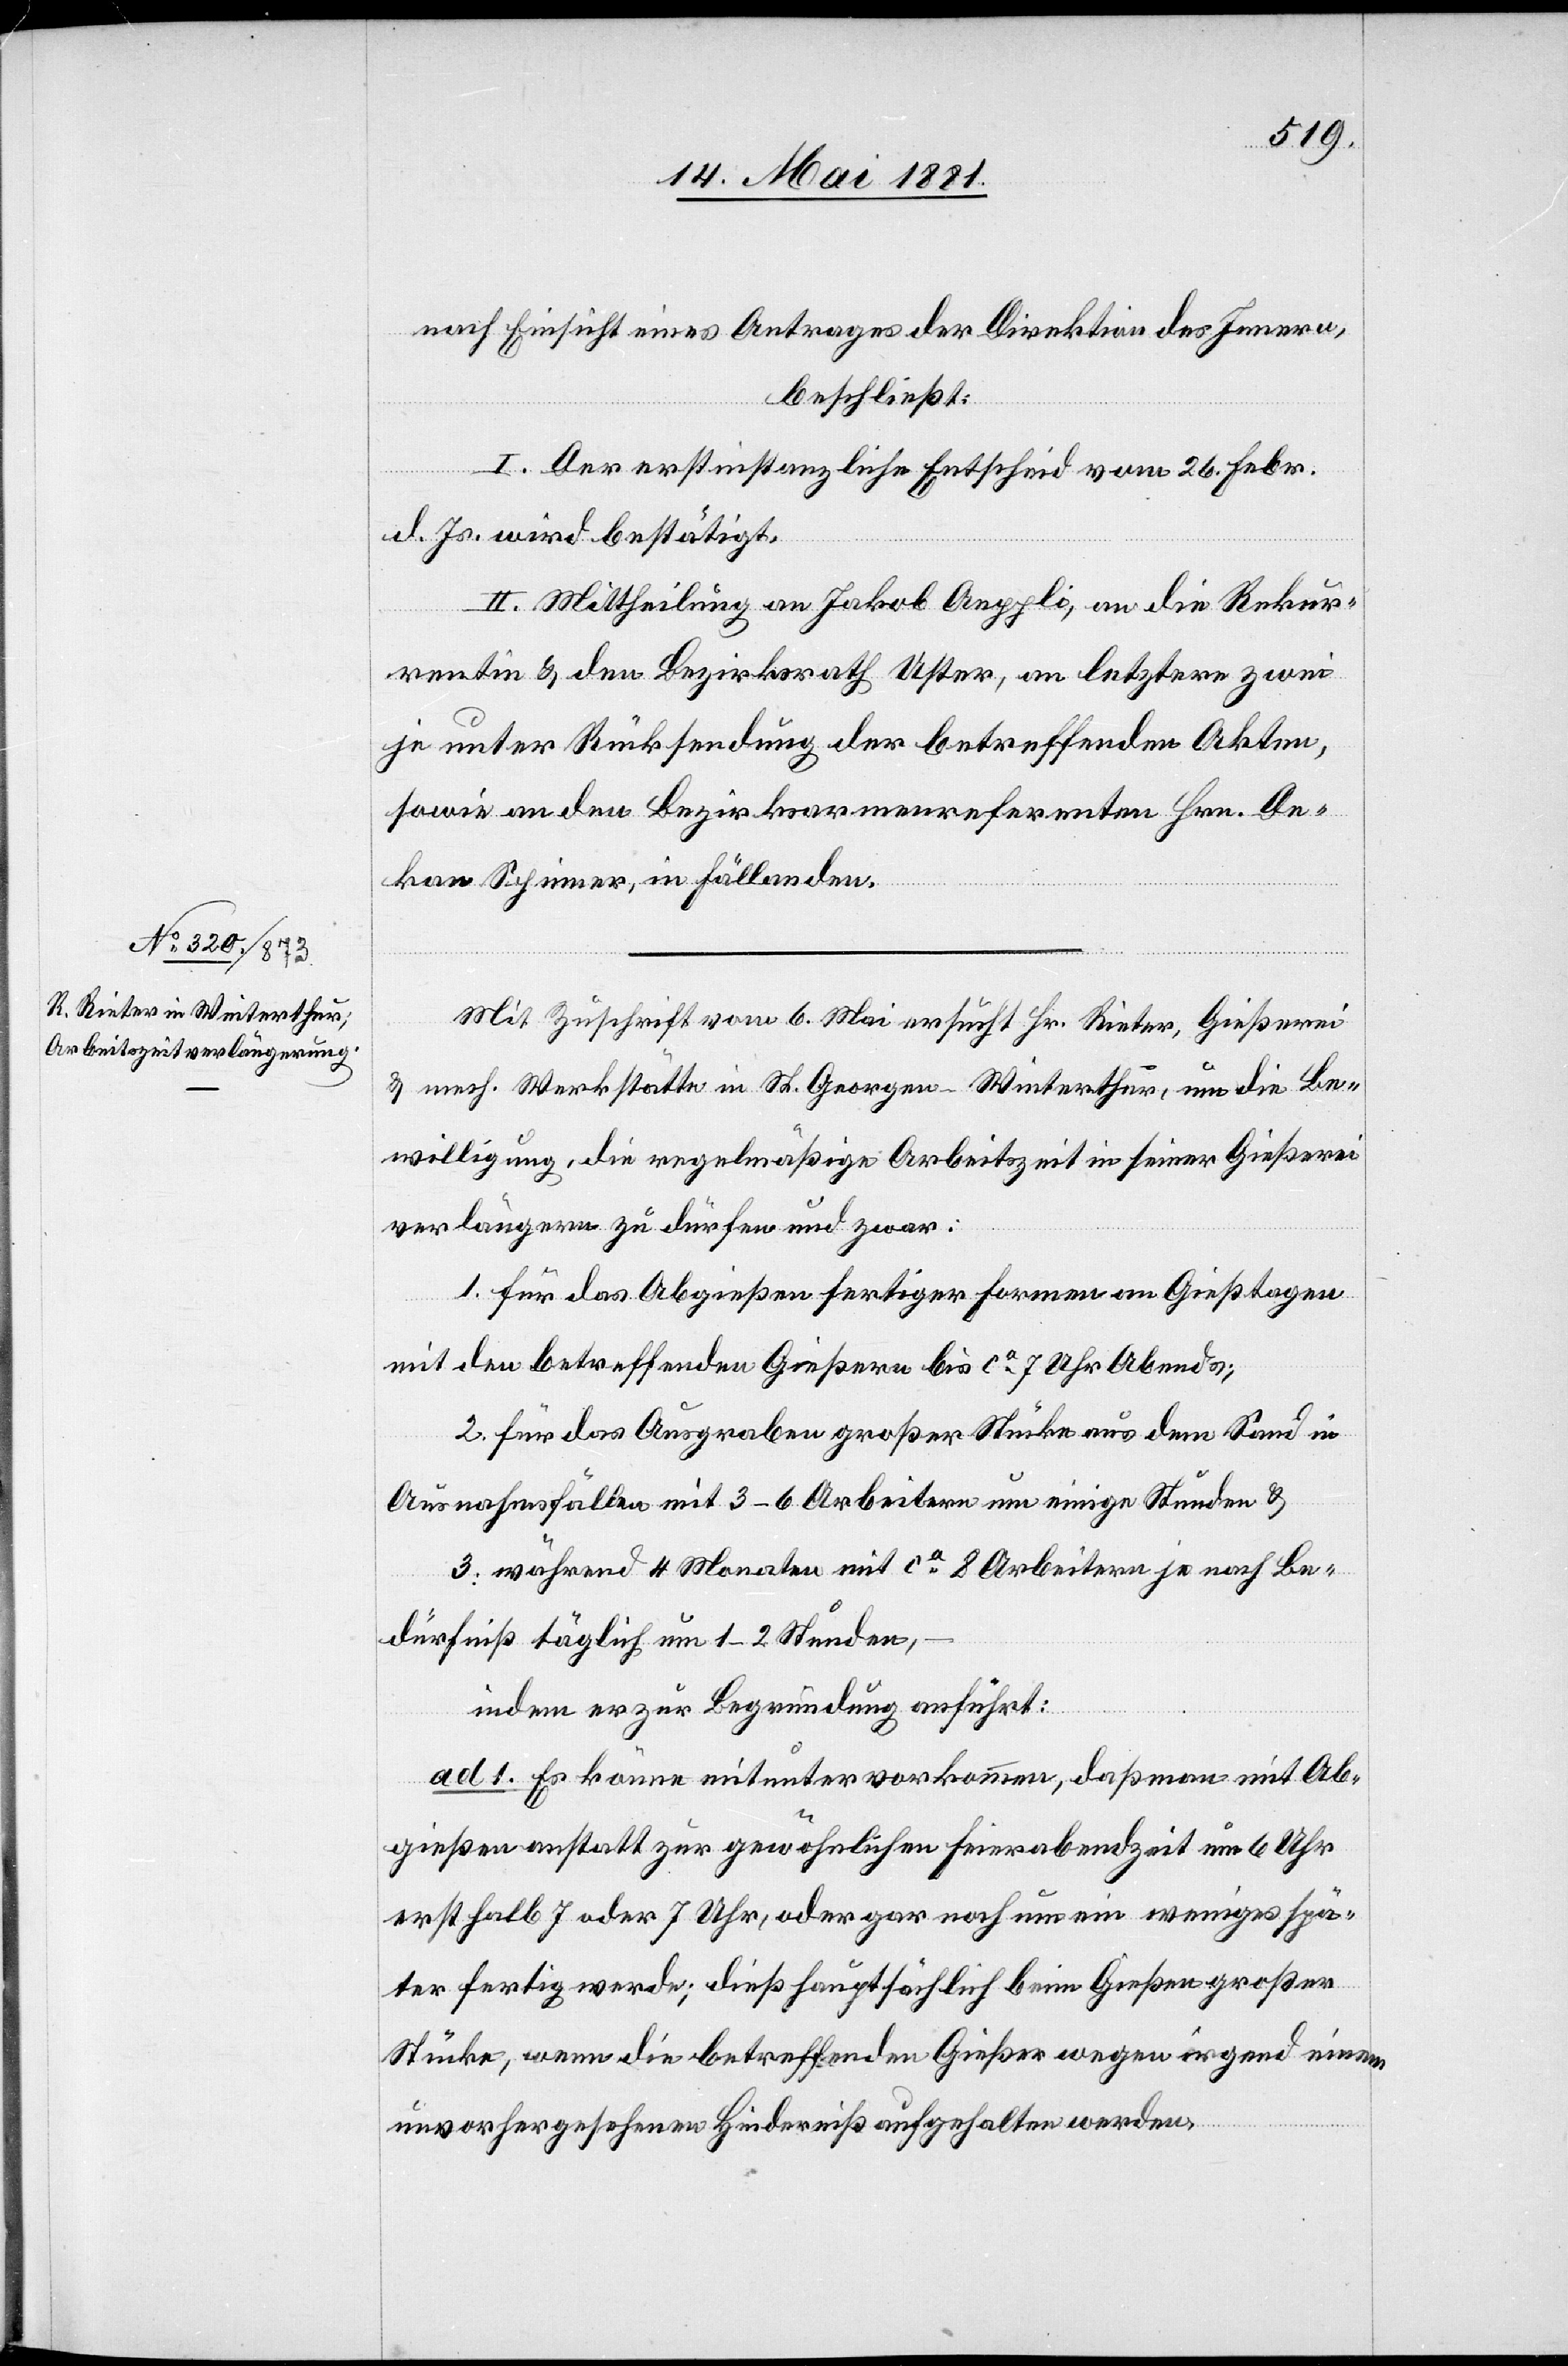
nach Einsicht eines Antrages der Direktion des Innern,
beschließt:
I. Der erstinstanzliche Entscheid vom 26. Febr.
d. Js. wird bestätigt.
II. Mittheilung an Jakob Aeppli, an die Rekur¬
rentin & den Bezirksrath Uster, an letztern zwei
je unter Rücksendung der betreffenden Akten,
sowie an den Bezirksarmenreferenten Hrn. De¬
kan Spinner, in Fällanden.
Mit Zuschrift vom 6. Mai ersucht Hr. Rieter, Gießerei
& mech. Werkstätte in St. Georgen - Winterthur, um die Be¬
willigung, die regelmäßige Arbeitszeit in seiner Gießerei
verlängern zu dürfen und zwar:
1. für das Abgießen fertiger Formen an Gießtagen
mit den betreffenden Gießern bis ca 7 Uhr Abends;
2. für das Ausgraben großer Stücke aus dem Sand in
Ausnahmefällen mit 3–6 Arbeitern um einige Stunden &
3. während 4 Monaten mit ca 80 Arbeitern je nach Be¬
dürfniß täglich um 1–2 Stunden,
indem er zur Begründung anführt:
ad 1. Es könne mitunter vorkommen, daß man mit Ab¬
gießen anstatt zur gewöhnlichen Feierabendzeit um 6 Uhr
erst halb 7 oder 7 Uhr, oder gar noch um ein wenigstens spä¬
ter fertig werde; dieß hauptsächlich beim Gießen großer
Stücke, wenn die betreffenden Gießer wegen irgend einem
unvorhergesehenen Hinderniß aufgehalten werden,